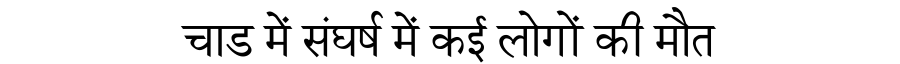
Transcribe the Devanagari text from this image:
चाड में संघर्ष में कई लोगों की मौत